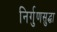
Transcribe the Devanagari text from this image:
निर्गुणसुद्धा